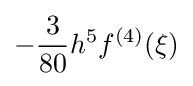
-{\frac {3}{80}}h^{5}f^{(4)}(\xi )